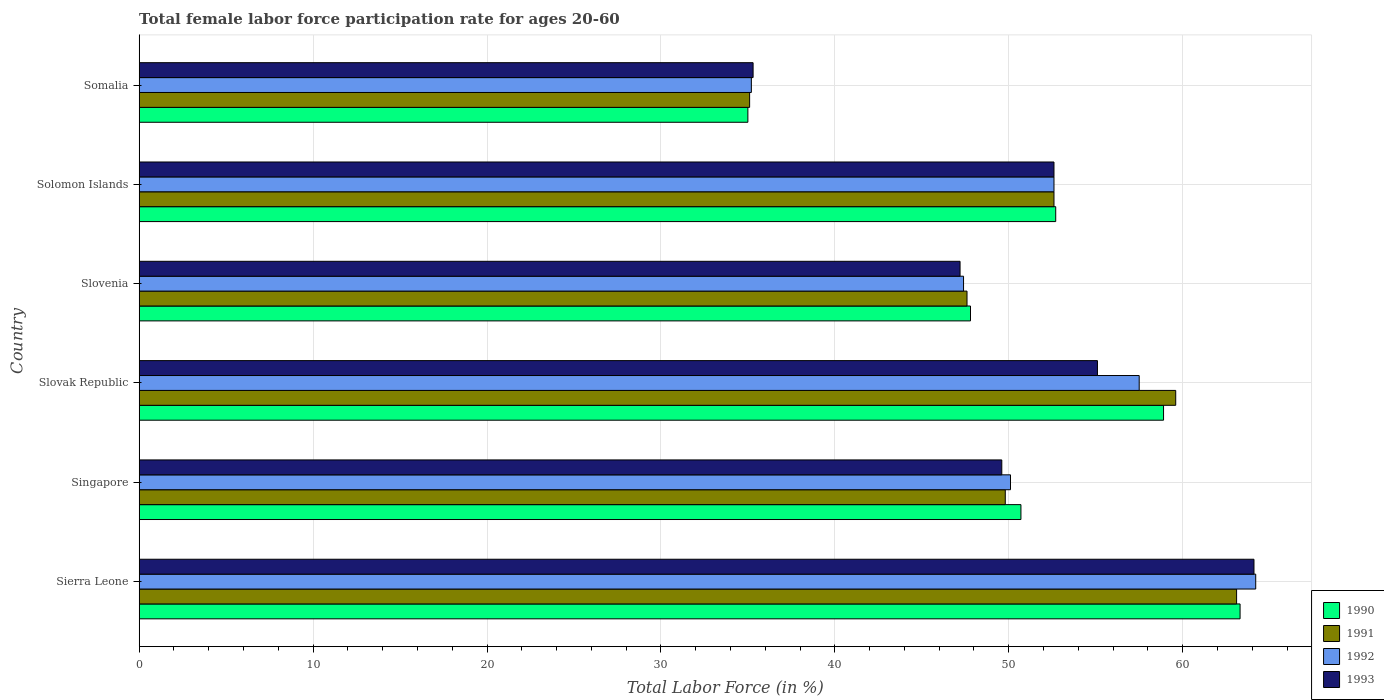
| Country | 1990 | 1991 | 1992 | 1993 |
 | --- | --- | --- | --- | --- |
 | Sierra Leone | 63.3 | 63.1 | 64.2 | 64.1 |
 | Singapore | 50.7 | 49.8 | 50.1 | 49.6 |
 | Slovak Republic | 58.9 | 59.6 | 57.5 | 55.1 |
 | Slovenia | 47.8 | 47.6 | 47.4 | 47.2 |
 | Solomon Islands | 52.7 | 52.6 | 52.6 | 52.6 |
 | Somalia | 35 | 35.1 | 35.2 | 35.3 |